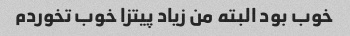
خوب بود البته من زیاد پیتزا خوب تخوردم